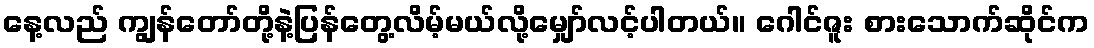
နေ့လည် ကျွန်တော်တို့နဲ့ပြန်တွေ့လိမ့်မယ်လို့မျှော်လင့်ပါတယ်။ ဂေါင်ဇူး စားသောက်ဆိုင်က